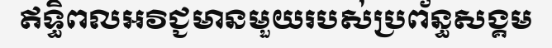
ឥទ្ធិពលអវិជ្ជមានមួយរបស់ប្រព័ន្ធសង្គម